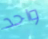
واحد